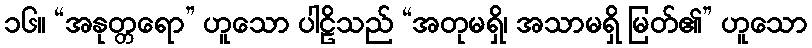
၁၆။ “အနုတ္တရော” ဟူသော ပါဠိသည် “အတုမရှိ၊ အသာမရှိ မြတ်၏” ဟူသော